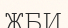
ЖБИ